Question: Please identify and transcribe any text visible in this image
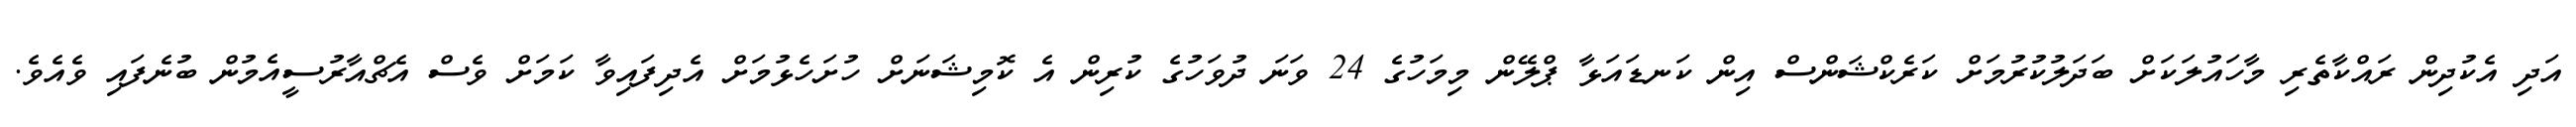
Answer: އަދި އެކުދިން ރައްކާތެރި މާހައުލަކަށް ބަދަލުކުރުމަށް ކަރެކްޝަންސް އިން ކަނޑައަޅާ ޕްލޭން މިމަހުގެ 24 ވަނަ ދުވަހުގެ ކުރިން އެ ކޮމިޝަނަށް ހުށަހެޅުމަށް އެދިފައިވާ ކަމަށް ވެސް އެޗްއާރުސީއެމުން ބުނެފައި ވެއެވެ.